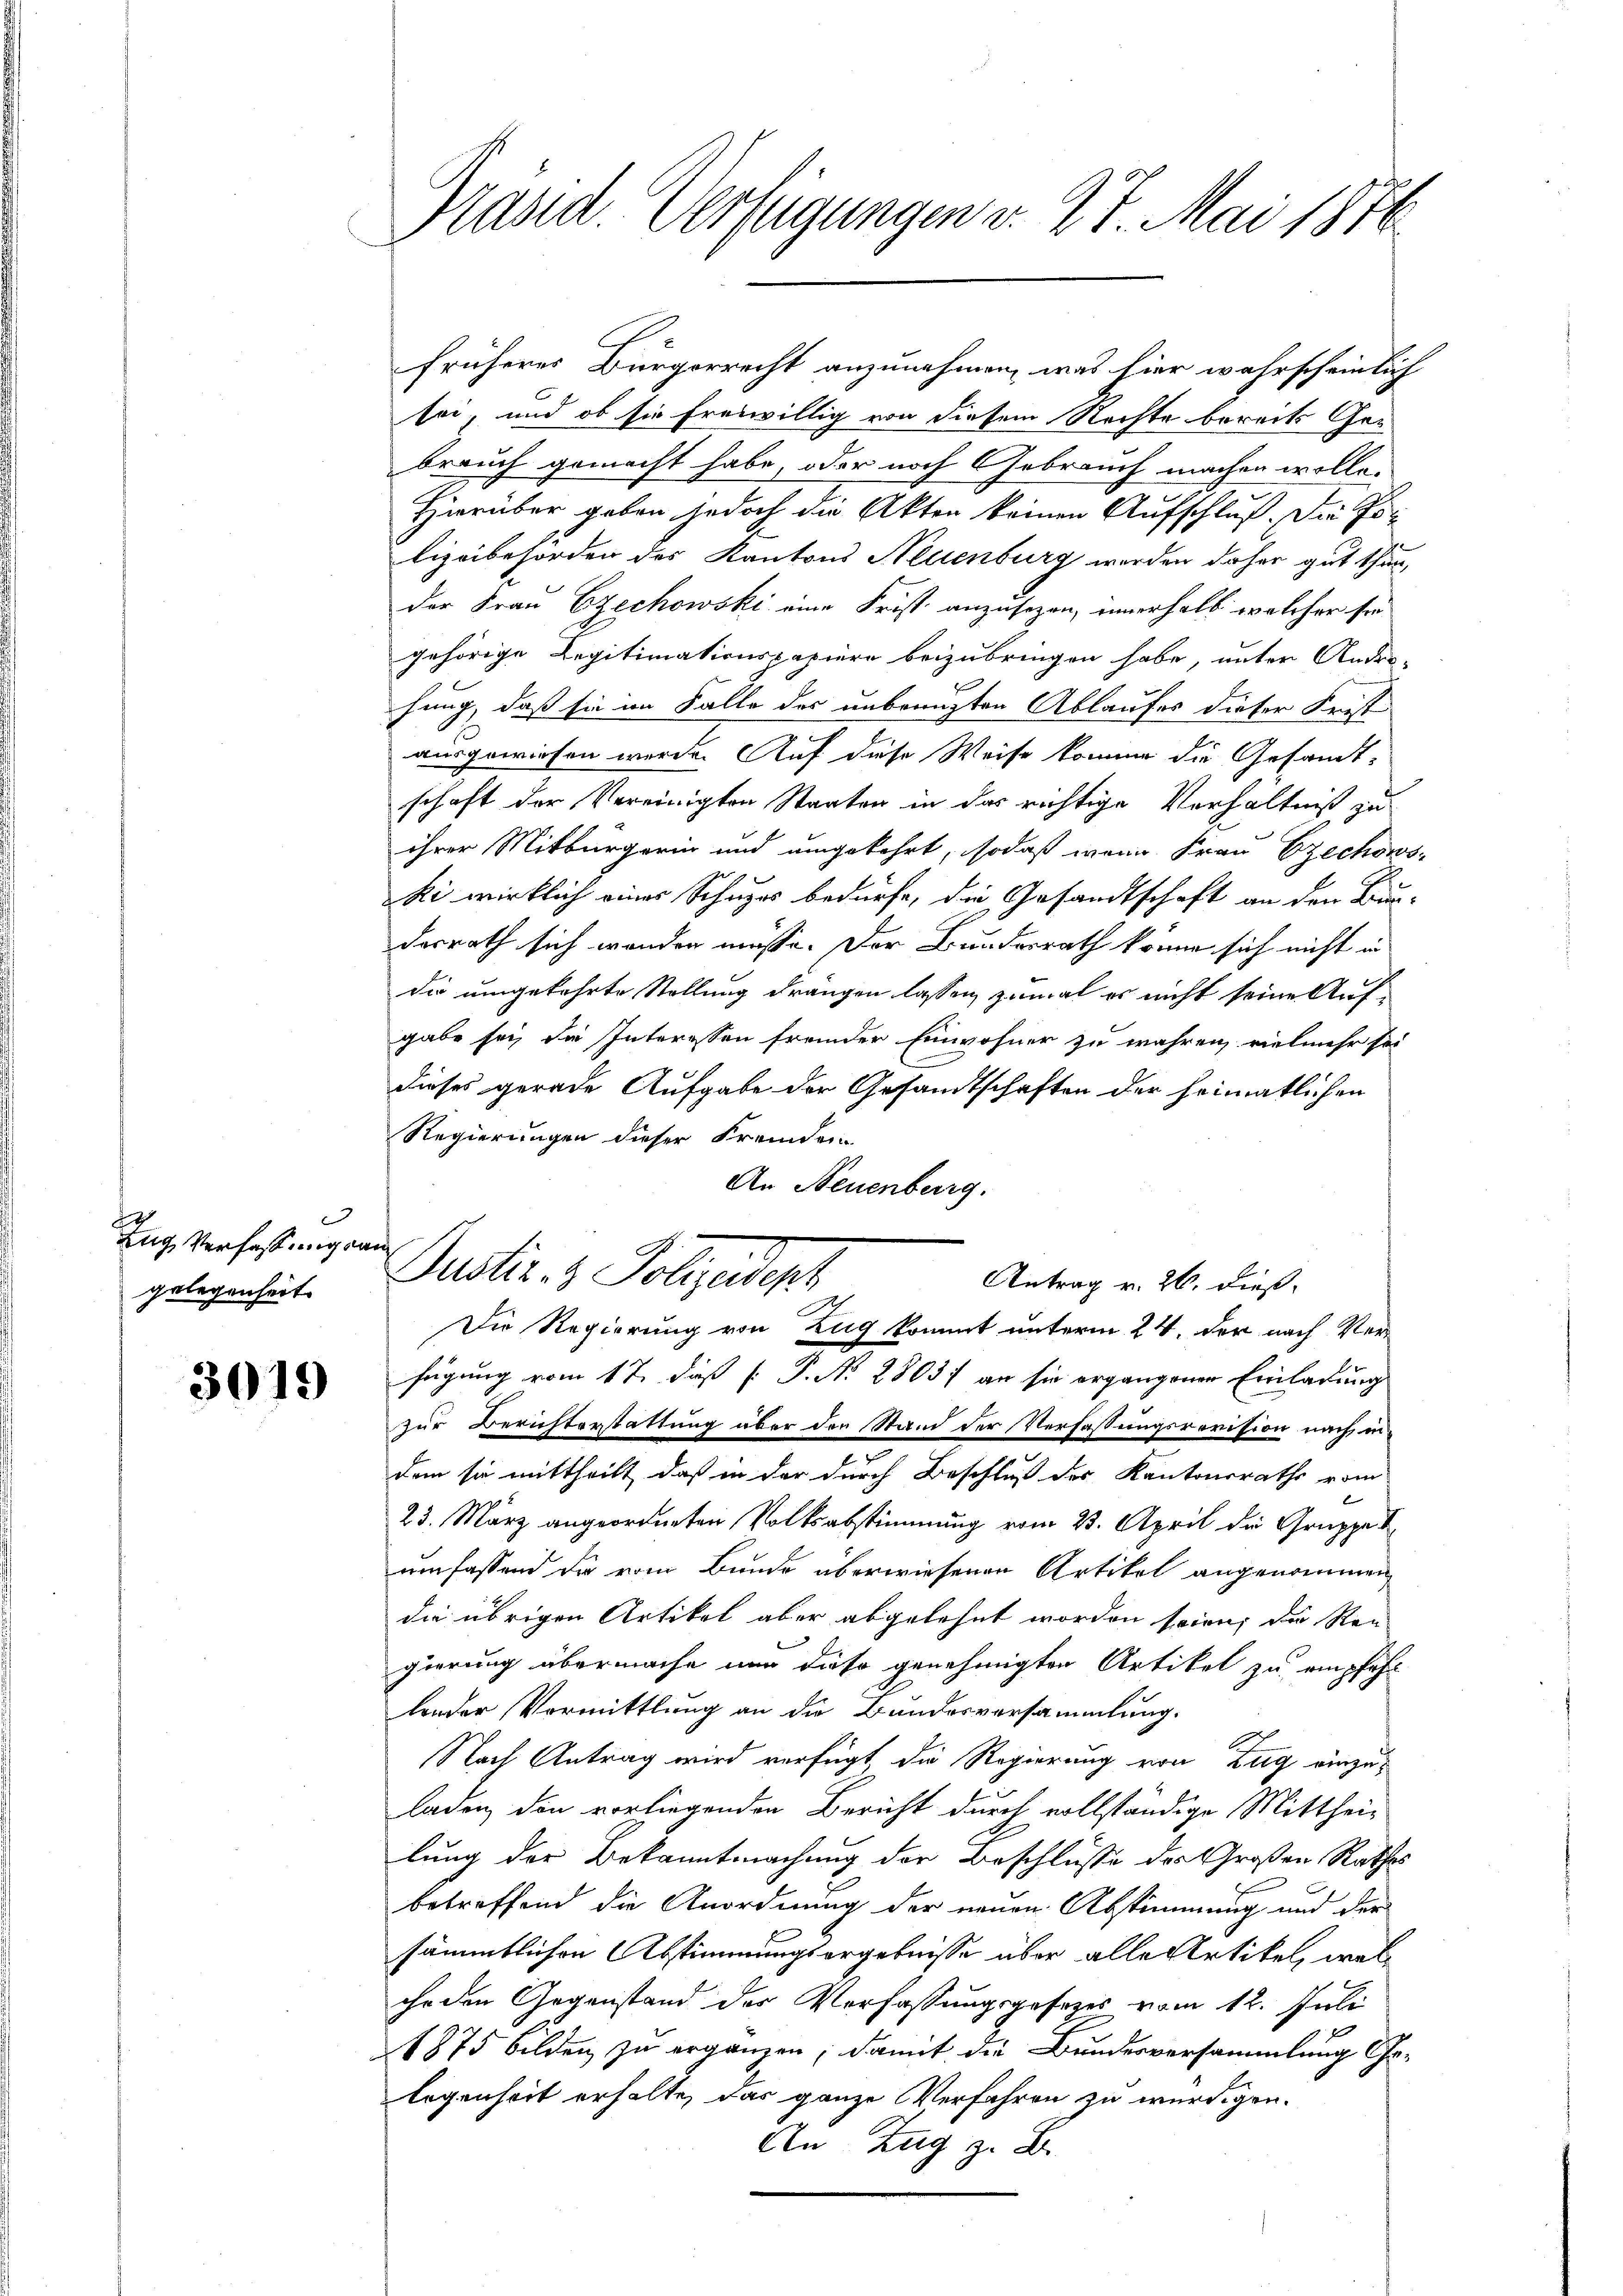
|
Zug Verfassung an
gelegenheit.

3019

Präsid. Verfügungen v. 27. Mai 1876.

früheres Bürgerrecht anzunehmen, was hier wahrscheinlich
sei, und ob sie freiwillig von diesem Rechte bereits Gebrauch gemacht habe, oder noch Gebrauch machen wolle.
Hierüber geben jedoch die Akten keinen Aufschluß. Die Polizeibehörden des Kantons Neuenburg werden daher gut thun,
der Frau Ezechowski eine Frist anzusezen, innerhalb welcher sie
gehörige Legitimationspapiere beizubringen habe, unter Ander-
hung, daß sie im Falle des unbrangten Ablaufes dieser Frist
ausgewiesen werde. Auf diese Weise können die Gesamt-
schaft der Vereinigten Staaten in das richtige Verhältniß zu
ihrer Mitbürgerin und umgekehrt, sodaß wenn Frau Ezechows
ki wirklich eines Schuzes bedürfe, die Gesandtschaft an dem Bun-
desrath sich wenden müsse. Der Bundesrath könne sich nicht in
die umgekehrte Stellung drangen lassen, zumal es nicht seine Aufgabe sei, die Interessen fremder Einwohner zu wahren, vielmehr sei
dieses gerade Aufgabe der Gesandtschaften der heimatlichen
Regierungen dieser Fremden
An Neuenburg.
s
Justiz- & Polizeidigt
Antrag v. 26. dieß,
Die Regierung von Zug kommt unterm 24. der nach Verfügung vom 17. daß P. N. 88037 an sie ergangener Einladung
zur Berichterstattung über der Stand der Verfassungsrevision nach in
dem so mittheilt, daß in der durch Beschluß der Kantonsraths vom

23. März angeordneten Volksabstimmung vom 23. April die Gruppe
umfassend die vom Bunde überwiesenen Artikel angenommen
die übrigen Artikel aber abgelehnt worden seien, die Ren
gierung übermache nun diese genehmigten Artikel zu empfehl
londer Vormittlung an die Bundesversammlung.
Nach Antrag wird verfügt die Regierung von Zug einzuladen, den vorliegenden Bericht durch vollständige Mittheilung der Bekanntmachung der Beschlüsse des Großen Rathes
betreffend die Anordnung der neuen Abstimmung und der
sämmtlichen Abstimmungsergebnisse über alle Artikel, welihe den Gegenstand der Verfassungsgesezes vom 12. Juli
1875 bilden zu ergänzen; damit die Bundesversammlung Gelegenheit erhalte, das ganze Verfahren zu würdigen.
An Zug z. B.